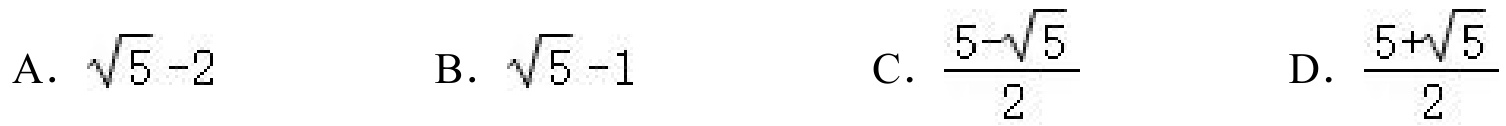
A. $\sqrt{5}-2$
B. $\sqrt{5}-1$
C. $\frac{5 - \sqrt{5}}{2}$
D. $\frac{5+\sqrt{5}}{2}$